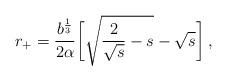
LaTeX: \begin{align*}r_+ = \frac{b^\frac13}{2\alpha} {\biggl [} \sqrt{\frac{2}{\sqrt{s}}-s}- \sqrt{s} {\biggr ]}\:, \end{align*}